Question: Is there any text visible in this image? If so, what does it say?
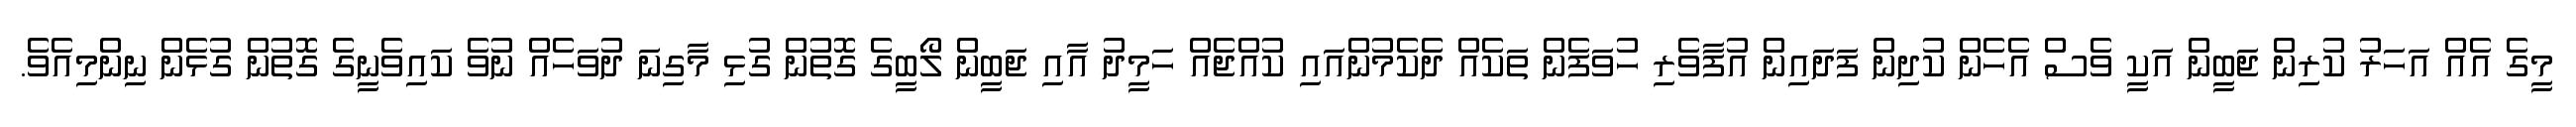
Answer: މީގެ އެއް އަހަރު ކުރިން ޖަބީން އަކީ ވެސް އެހެން ކުދިން ފަދައިން އުފާވެރި ހުވަފެން ތަކެއް ދެކެމުންއައި ކުއްޖެއް ހަމީދު އާއި ޖަބީން ލޯބީގެ ގޮތުން ގުޅި މާގިނަ ދުވަހެއް ނުވެ ކައިވެނީގެ ގޮތުން ގުޅެން ނިންމިއެވެ.